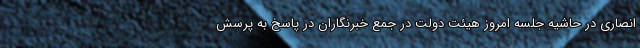
انصاری در حاشیه جلسه امروز هیئت دولت در جمع خبرنگاران در پاسخ به پرسش